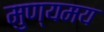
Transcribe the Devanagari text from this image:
मुण्यमय